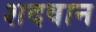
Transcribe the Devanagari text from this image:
शदवान